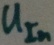
Text: UIn